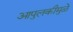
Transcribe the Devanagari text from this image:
आपुलकीमुळे